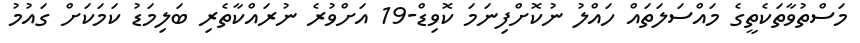
މަސްތުވާތަކެތީގެ މައްސަލަތައް ހައްލު ނުކޮށްފިނަމަ ކޮވިޑް-19 އަށްވުރެ ނުރައްކާތެރި ބަލިމަޑު ކަމަކަށް ގައުމު